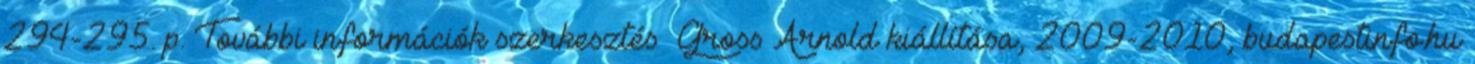
294-295. p. További információk szerkesztés Gross Arnold kiállítása, 2009-2010, budapestinfo.hu